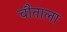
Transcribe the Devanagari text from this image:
चौताला